Annual administration report of the Civil Veterinary Department of India - 1909-1910
Year: 1909
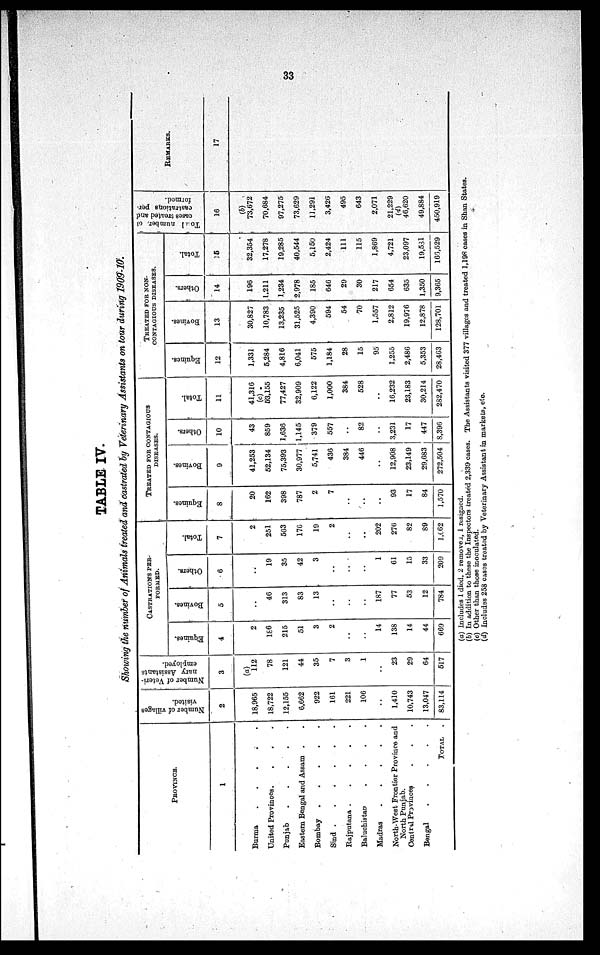
33
TABLE IV.
Showing the number of Animals treated and castrated by Veterinary Assistants on tour during 1909-10.
PROVINCE.
1
Burma
.
.
.
.
.
United Provinces .
.
.
.
Punjab
.
.
.
.
.
Eastern Bengal and Assam . .
Bombay
.
.
.
.
.
Sind
.
.
.
.
.
.
Rajputana .
.
.
.
.
Baluchistan
.
.
.
.
Madras
.
.
.
.
.
North-West Frontier Province and
North Punjab.
Central Provinces . . .
Bengal
.
.
.
.
.
TOTAL .
Number of villages
visited.
2
18,965
18,722
12,155
6,662
922
161
221
106
..
1,410
10,743
13,047
83,114
Number of Veteri-
nary Assistants
employed.
3
(a)
112
78
121
44
35
7
3
1
..
23
29
64
517
CASTRATIONS PER¬
FORMED.
Equines.
4
2
186
215
51
3
2
..
..
14
138
14
44
669
Bovines.
5
..
46
313
83
13
..
..
..
187
77
53
12
784
Others.
6
..
19
35
42
3
..
..
..
1
61
15
33
209
Total.
7
2
251
563
176
19
2
..
..
202
276
82
89
1,062
TREATED FOR CONTAGIOUS
DISEASES.
Equines.
8
20
162
398
787
2
7
..
..
..
93
17
84
1,570
Bovines.
9
41,253
52,134
75,393
30,977
5,741
436
384
446
..
12,908
23,149
29,683
272,504
Others.
10
43
859
1,636
1,145
379
557
..
82
..
3,231
17
447
8,396
Total.
11
41,316
(c)
53,155
77,427
32,909
6,122
1,000
384
528
..
16,232
23,183
30,214
282,470
TREATED FOR NON¬
CONTAGIOUS DISEASES.
Equines.
12
1,331
5,284
4,816
6,041
575
1,184
28
15
95
1,255
2,486
5,353
28,463
Bovines.
13
30,827
10,783
13,235
31,525
4,390
594
54
70
1,557
2,812
19,976
12,878
128,701
Others.
14
196
1,211
1,234
2,978
185
646
29
30
217
654
635
1,350
9,365
Total.
15
32,354
17,278
19,285
40,544
5,150
2,424
111
115
1,869
4,721
23,097
19,531
166,529
Total
number of
cases treated and
castrations per-
formed.
16
(b)
73,672
70,684
97,275
73,629
11,291
3,426
495
643
2,071
21,229
(d)
46,620
49,884
450,919
REMARKS.
17
(a) Includes 1 died, 2 remove, 1 resigned.
(b) In addition to these the Inspectors treated 2,339 cases. The Assistants visited 377 villages and treated 1,198 cases in Shan States.
(c) Other than those inoculated.
(d) Includes 258 cases treated by Veterinary Assistant in markets, etc.